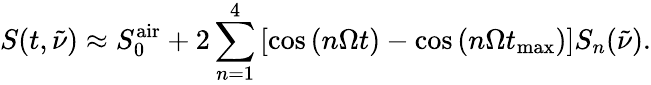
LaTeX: S(t,\tilde{\nu})\approx S_{0}^{\mathrm{air}}+2\sum_{n=1}^{4}\left[\cos\left({n\Omega t}\right)-\cos\left({n\Omega t_{\mathrm{max}}}\right)\right]S_{n}(\tilde{\nu}).